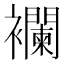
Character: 襴